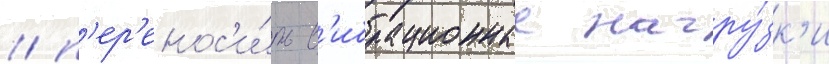
/ п'ер'енос'и́ть в'ибрационные нагру́зк'и